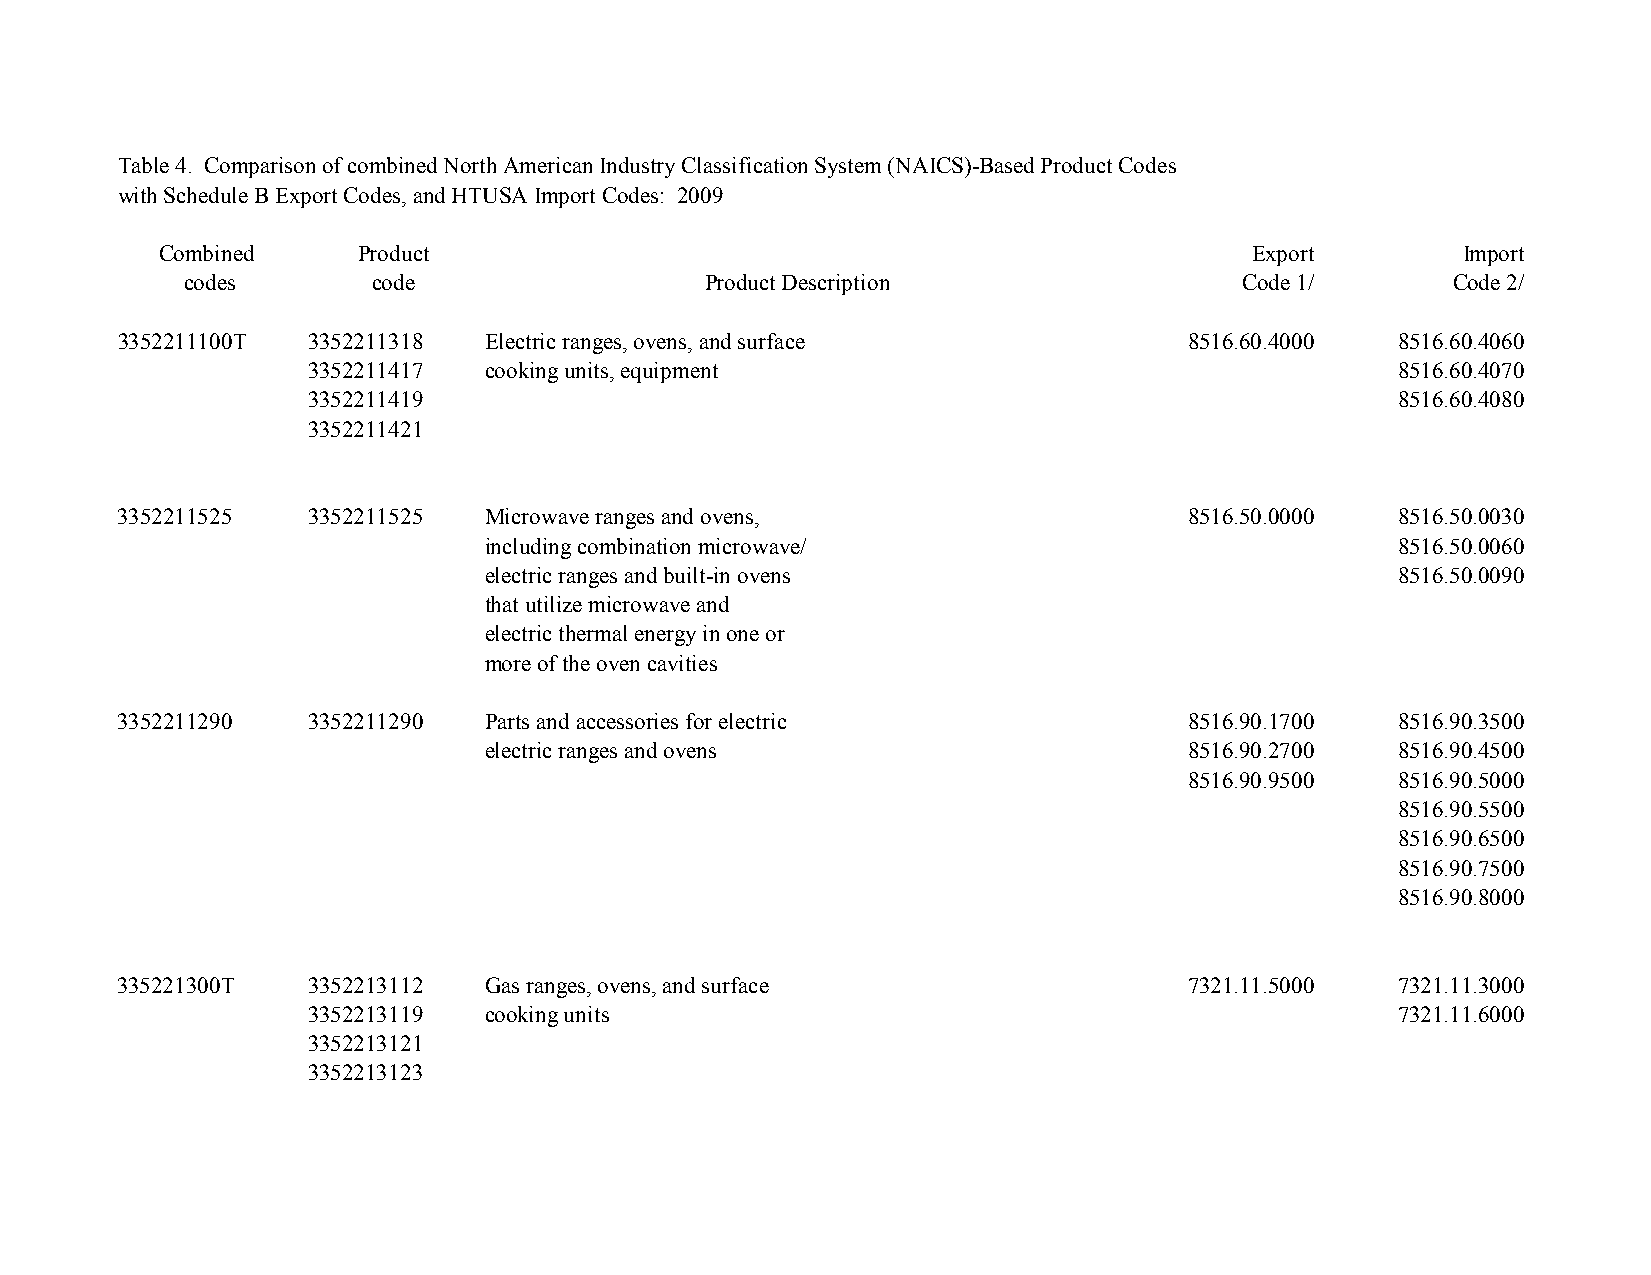
Table 4. Comparison of combined North American Industry Classification System (NAICS)-Based Product Codes
 with Schedule B Export Codes, and HTUSA Import Codes: 2009
 Combined     Product                                                    Export        Import
 codes       code                  Product Description                 Code 1/       Code 2/
 3352211100T  3352211318 Electric ranges, ovens, and surface            8516.60.4000  8516.60.4060
 3352211417 cooking units, equipment                                     8516.60.4070
 3352211419                                                              8516.60.4080
 3352211421
 3352211525   3352211525 Microwave ranges and ovens,                    8516.50.0000  8516.50.0030
 including combination microwave/                             8516.50.0060
 electric ranges and built-in ovens                           8516.50.0090
 that utilize microwave and
 electric thermal energy in one or
 more of the oven cavities
 3352211290   3352211290 Parts and accessories for electric             8516.90.1700  8516.90.3500
 electric ranges and ovens                      8516.90.2700  8516.90.4500
 8516.90.9500  8516.90.5000
 8516.90.5500
 8516.90.6500
 8516.90.7500
 8516.90.8000
 335221300T   3352213112 Gas ranges, ovens, and surface                 7321.11.5000  7321.11.3000
 3352213119 cooking units                                                7321.11.6000
 3352213121
 3352213123